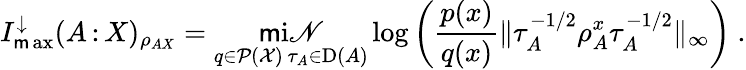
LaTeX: I_{\operatorname*{\mathsf{m}ax}}^{\downarrow}(A{\, :\, }X)_{\rho_{AX}}=\operatorname*{\mathsf{m}i\mathscr{N}}_{\substack{q\in\mathcal{{P}}(\mathcal{{X}})\, \tau_{A}\in\mathrm{{D}}(A)}}\log\left(\frac{{p(x)}}{{q(x)}}\| \tau_{A}^{-1/2}\rho_{A}^{x}\tau_{A}^{-1/2}\| _{\infty}\right)\ .